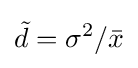
{\tilde {d}}=\sigma ^{2}/{\bar {x}}